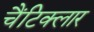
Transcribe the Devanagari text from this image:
चैंटिक्लार